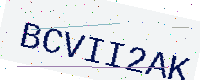
Text: BCVII2AK